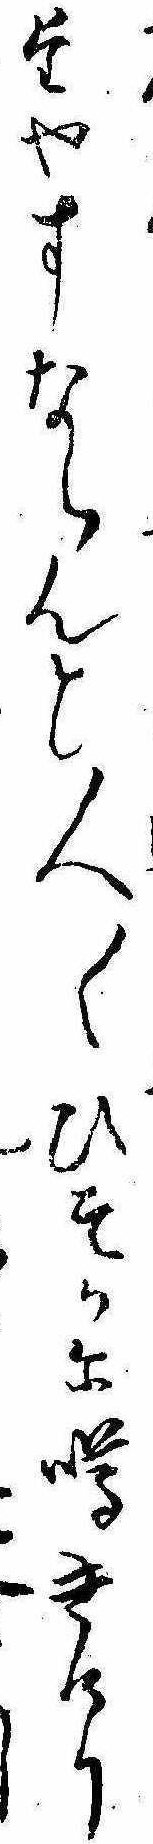
たやすならんと人〱ひそかに噂きけりし